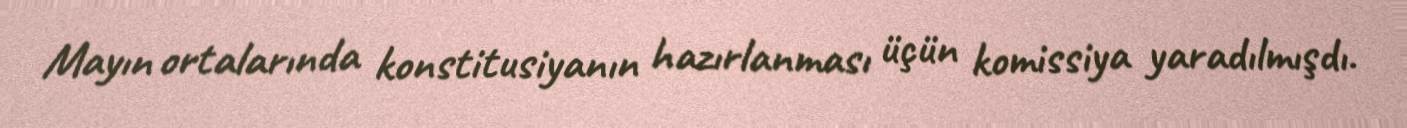
Mayın ortalarında konstitusiyanın hazırlanması üçün komissiya yaradılmışdı.